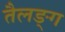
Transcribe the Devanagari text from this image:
तैलङ्ग